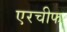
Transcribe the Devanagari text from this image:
एरचीफ